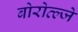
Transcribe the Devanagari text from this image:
बोरोव्ल्जे